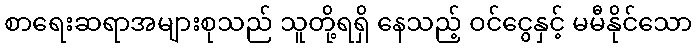
စာရေးဆရာအများစုသည် သူတို့ရရှိ နေသည့် ဝင်ငွေနှင့် မမီနိုင်သော